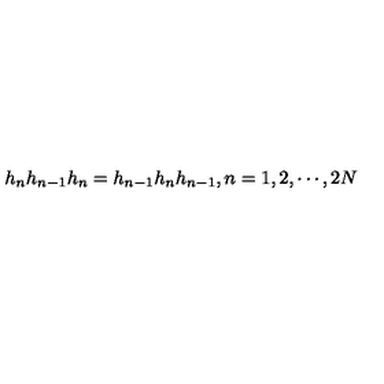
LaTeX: h _ { n } h _ { n - 1 } h _ { n } = h _ { n - 1 } h _ { n } h _ { n - 1 } , n = 1 , 2 , \cdots , 2 N